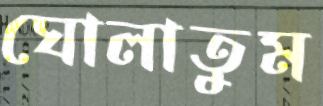
ঘোলাতুম